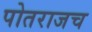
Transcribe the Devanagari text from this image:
पोतराजच